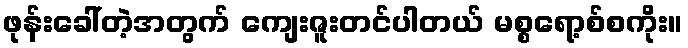
ဖုန်းခေါ်တဲ့အတွက် ကျေးဇူးတင်ပါတယ် မစ္စရော့စ်စကိုး။